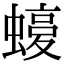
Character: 𧐛